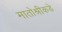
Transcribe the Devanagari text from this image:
मातोश्रीकडे